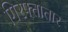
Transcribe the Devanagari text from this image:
गिरफ्तातार